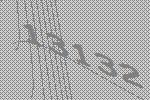
13132